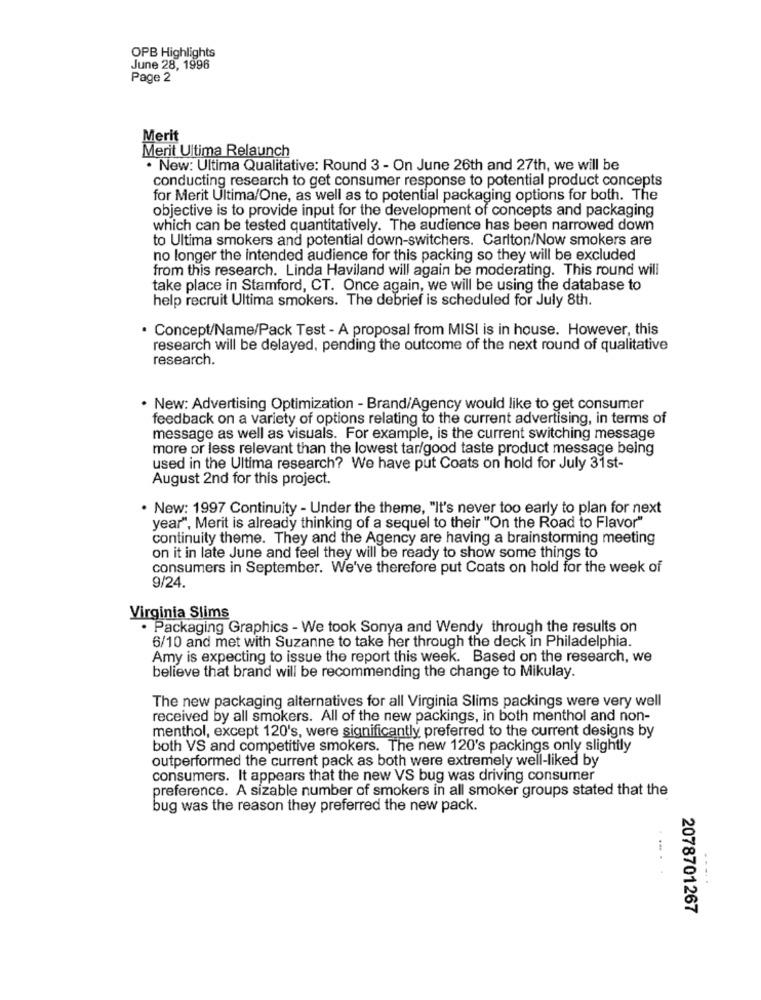
OPB Highlights
June 28, 1996
Page 2
Merit
Merit Ultima Relaunch
. New: Ultima Qualitative: Round 3 - On June 26th and 27th, we will be
conducting research to get consumer response to potential product concepts
for Merit Ultima/One, as well as to potential packaging options for both. The
objective is to provide input for the development of concepts and packaging
which can be tested quantitatively. The audience has been narrowed down
to Ultima smokers and potential down-switchers. Carlton/Now smokers are
no longer the intended audience for this packing so they will be excluded
from this research. Linda Haviland will again be moderating. This round will
take place in Stamford, CT. Once again, we will be using the database to
help recruit Ultima smokers. The debrief is scheduled for July 8th.
. Concept/Name/Pack Test - A proposal from MISI is in house. However, this
research will be delayed, pending the outcome of the next round of qualitative
research.
· New: Advertising Optimization - Brand/Agency would like to get consumer
feedback on a variety of options relating to the current advertising, in terms of
message as well as visuals. For example, is the current switching message
more or less relevant than the lowest tar/good taste product message being
used in the Ultima research? We have put Coats on hold for July 31st-
August 2nd for this project.
. New: 1997 Continuity - Under the theme, "It's never too early to plan for next
year", Merit is already thinking of a sequel to their "On the Road to Flavor"
continuity theme. They and the Agency are having a brainstorming meeting
on it in late June and feel they will be ready to show some things to
consumers in September. We've therefore put Coats on hold for the week of
9/24.
Virginia Slims
Packaging Graphics - We took Sonya and Wendy through the results on
6/10 and met with Suzanne to take her through the deck in Philadelphia.
Amy is expecting to issue the report this week. Based on the research, we
believe that brand will be recommending the change to Mikulay.
The new packaging alternatives for all Virginia Slims packings were very well
received by all smokers. All of the new packings, in both menthol and non-
menthol, except 120's, were significantly preferred to the current designs by
both VS and competitive smokers. The new 120's packings only slightly
outperformed the current pack as both were extremely well-liked by
consumers. It appears that the new VS bug was driving consumer
preference. A sizable number of smokers in all smoker groups stated that the
bug was the reason they preferred the new pack.
.....
2078701267